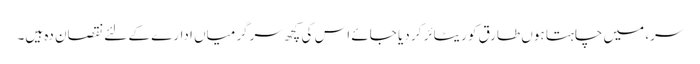
سر، میں چاہتا ہوں طارق کو ریٹائر کر دیا جائے اس کی کچھ سرگرمیاں ادارے کے لئے نقصان دہ ہیں۔